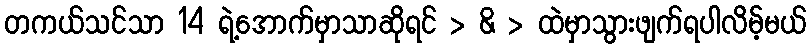
တကယ်သင်သာ 14 ရဲ့အောက်မှာသာဆိုရင် > & > ထဲမှာသွားဖျက်ရပါလိမ့်မယ်